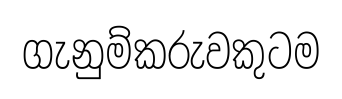
ගැනුම්කරුවකුටම